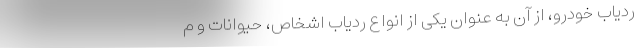
ردیاب خودرو، از آن به عنوان یکی از انواع ردیاب اشخاص، حیوانات و م